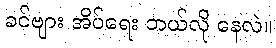
ခင်ဗျား အိပ်ရေး ဘယ်လို နေလဲ။